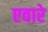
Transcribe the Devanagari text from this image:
एवारे